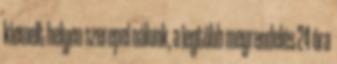
kiemelt helyen szerepel nálunk, a legtöbb megrendelés 24 óra